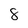
Character: 8